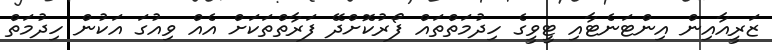
ޒަރީއާއިން އިންޓަނެޓާއި ޓީވީގެ ހިދުމަތްތައް ފޯރުކޮށްދޭ ފަރާތްތަކަށް އެއް ވިއުގަ އަކުން ހިދުމަތް